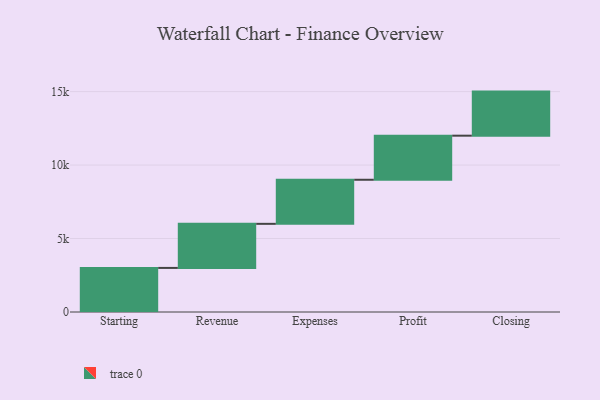
{"axis": {"x": "Step", "y": "Value"}, "legend": [""], "data": [{"x": "Starting", "y": 3000, "type": ""}, {"x": "Revenue", "y": 3000, "type": ""}, {"x": "Expenses", "y": 3000, "type": ""}, {"x": "Profit", "y": 3000, "type": ""}, {"x": "Closing", "y": 3000, "type": ""}]}